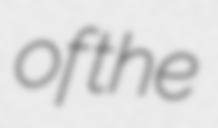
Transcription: of the